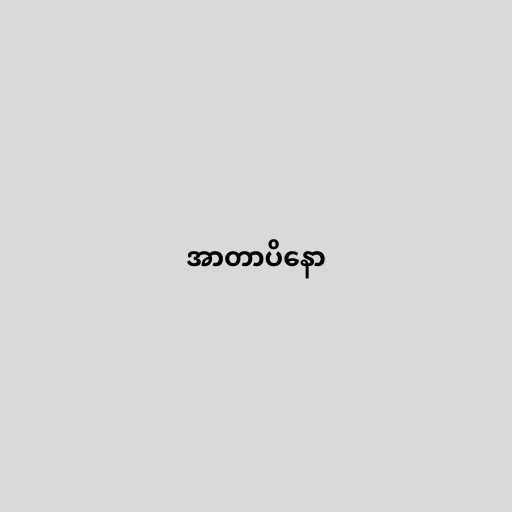
အာတာပိနော